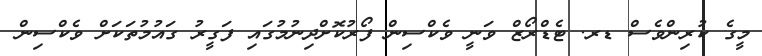
މީގެ ކުރިންވެސް ޑރ. ޓެޑްރޯޒް ވަނީ ވެކްސިން ފޯރުކޮށްދިނުމުގައި ފަގީރު ގައުމުތަކަށް ވެކްސިން